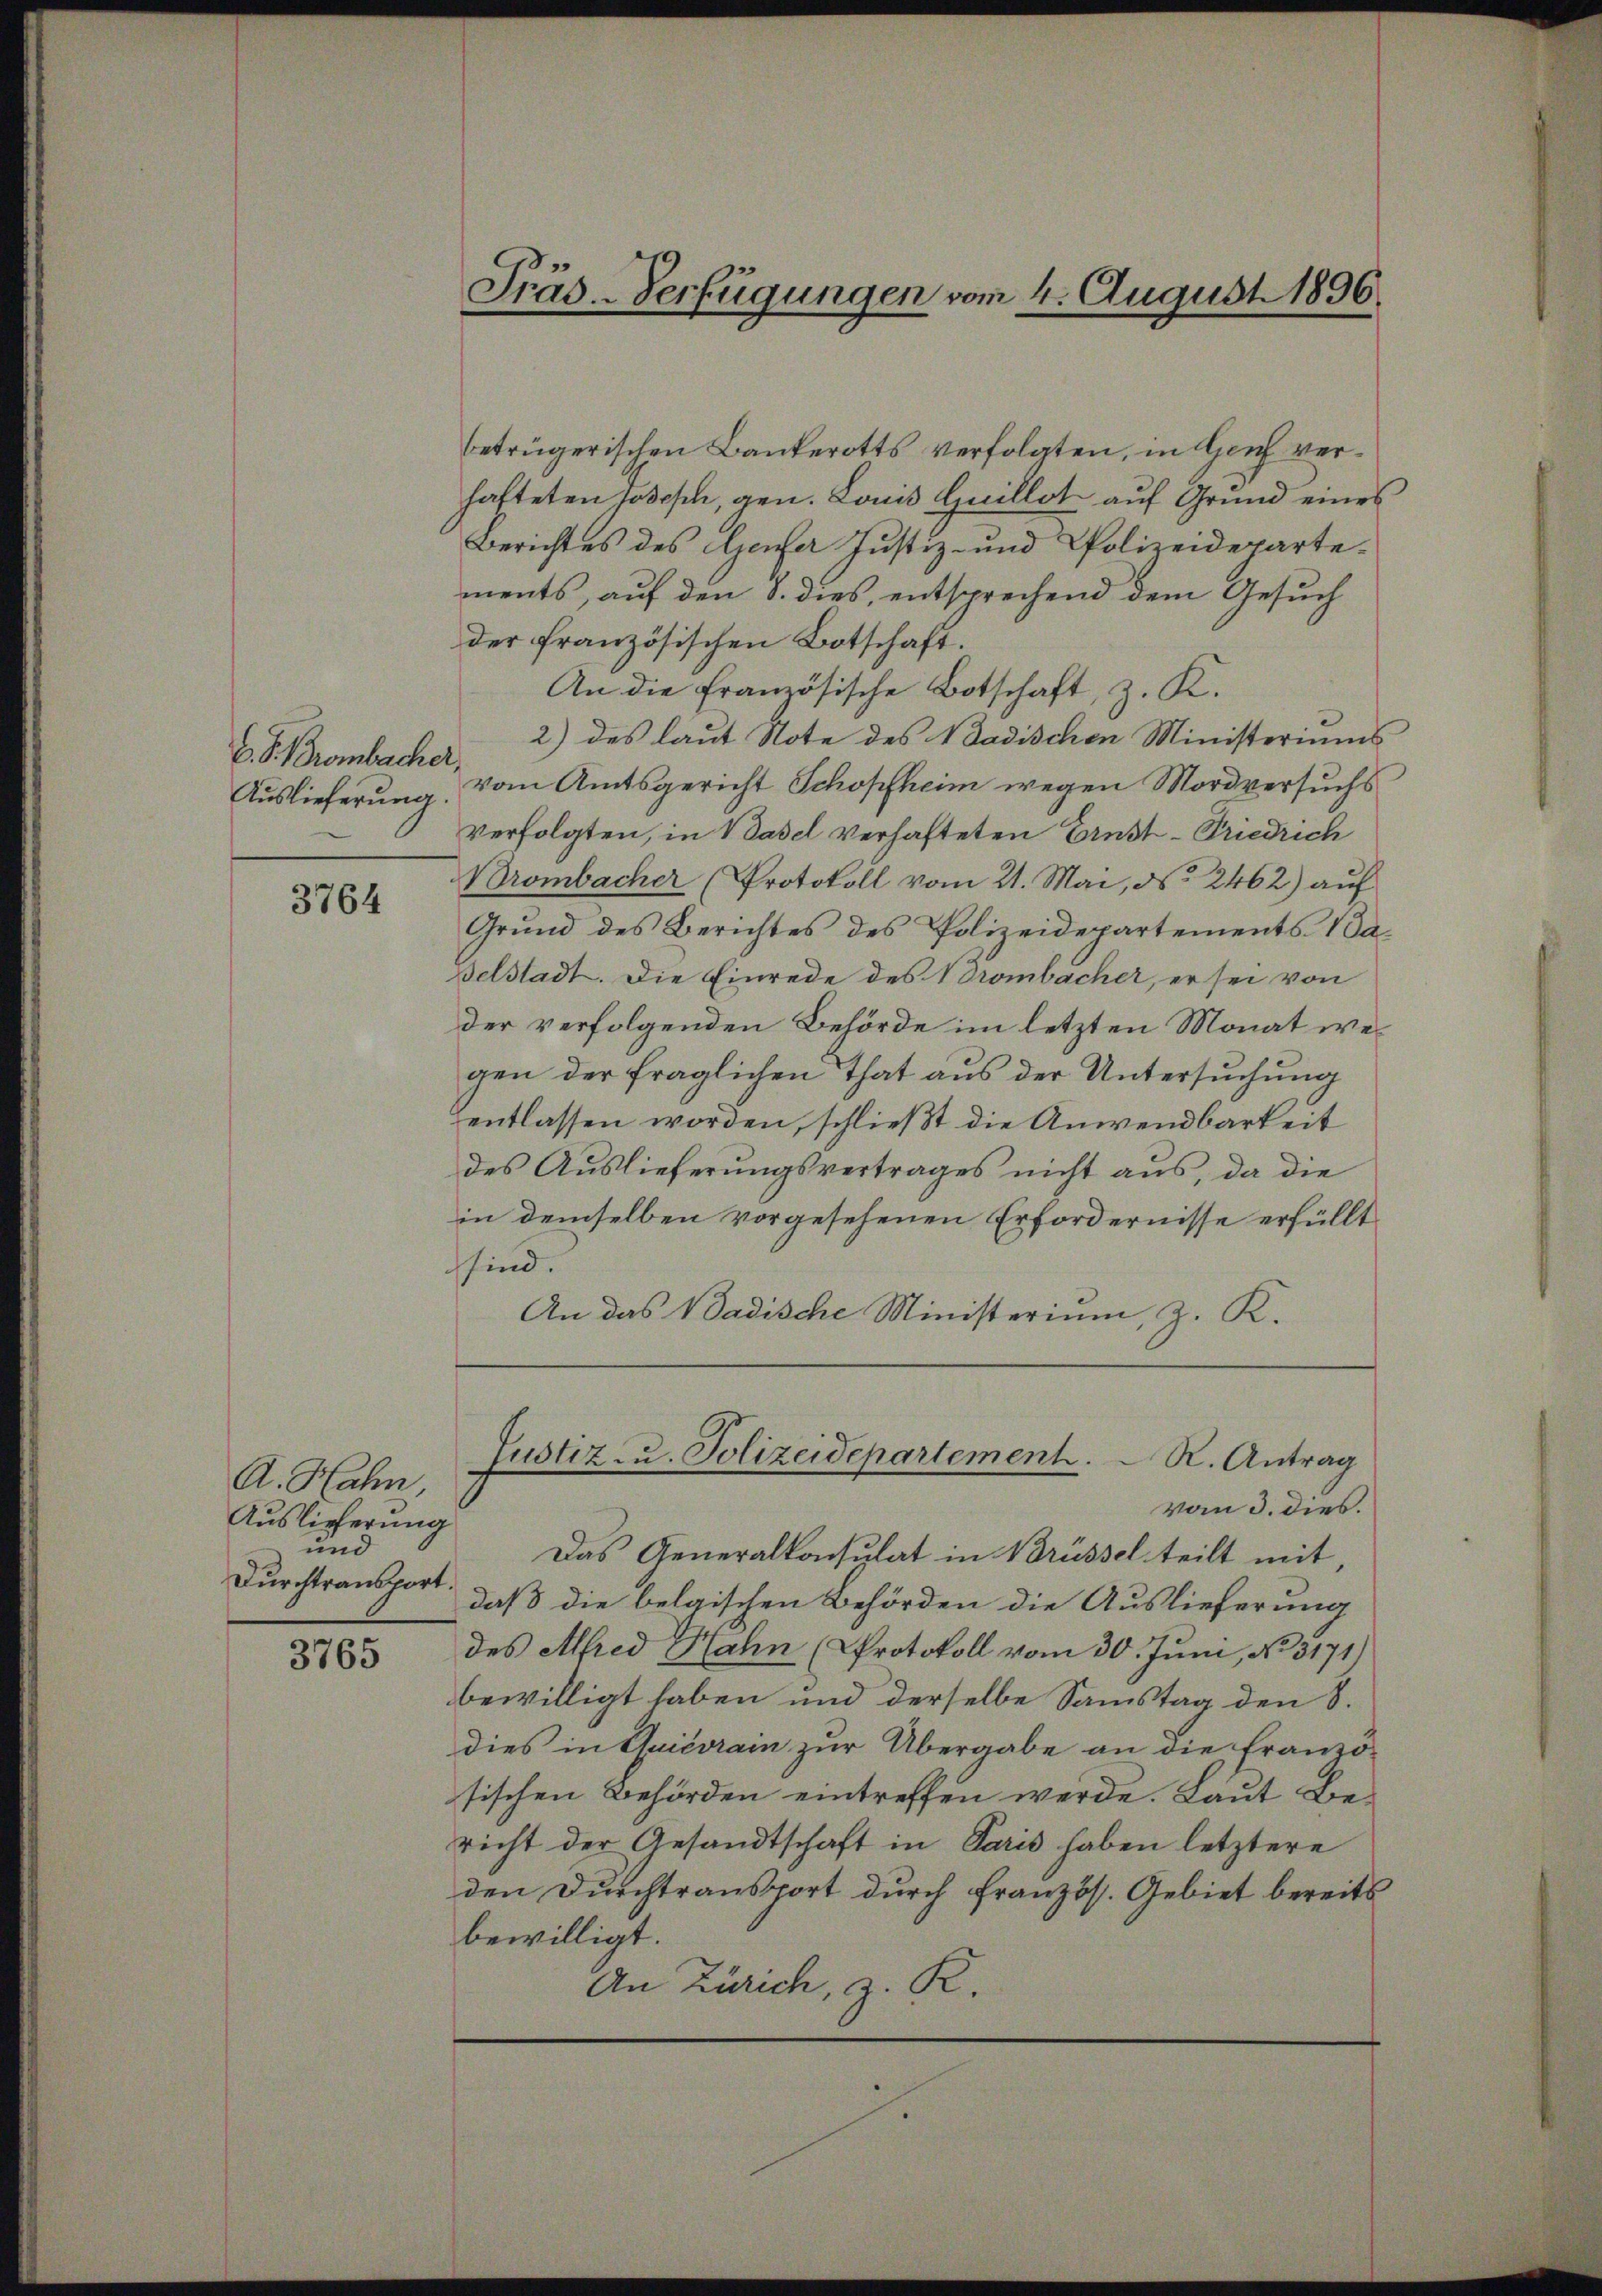
V. P. Brombacher,
Auslieferung.

3764

A. Hahn
Auslieferung
und
Durchtransport

3765

Präs. - Verfügungen vom 4. August 1896.

betrügerischen Bankerotts verfolgten, in Zeich verhafteten Joseph, gen. Louis Quillot auf Grund eines
Berichtes des Genfer Justiz- und Polizeideparte-
ments, auf den 8. dies, entsprechend dem Gesuch
der französischen Botschaft.
An die französische Botschaft, z. K.
2) des laut Note des Badischen Ministeriums
vom Amtsgericht Schopfheim wegen Mordversuchs
verfolgten, in Basel verhafteten Ernst-Friedrich
Brombacher (Protokoll vom 21. Mai, d. 2462) auf
Grŭnd des Berichtes des Polizeidepartements a
Belstadt. Die Einrede des Brombacher, er sei von
der verfolgenden Behörde im letzten Monat wegen der fraglichen That aus der Untersuchung
entlassen worden, schließt die Anwendbarkeit
des Auslieferungsvertrages nicht aus, da die
in demselben vorgesehenen Erfordernisse erfüllt
sind.
An das Badische Ministerium, z. K.

Justiz zu. Polizeidepartement.   K. Antrag

vom 3. dies.
Das Generalkonsulat in Brüssel teilt mit
daß die belgischen Behörden die Auslieferung
des Alfred Hahn (Protokoll vom 30. Juni, No. 3171)
bewilligt haben und derselbe Samstag den 8.
dies in Quievrain zur Übergabe an die Franzö-
sischen Behörden eintreffen werde. Laut Bericht der Gesandtschaft in Paris haben letztere
den Durchtransport durch französ. Gebiet bereits
bewilligt.
An Zürich, z. R.